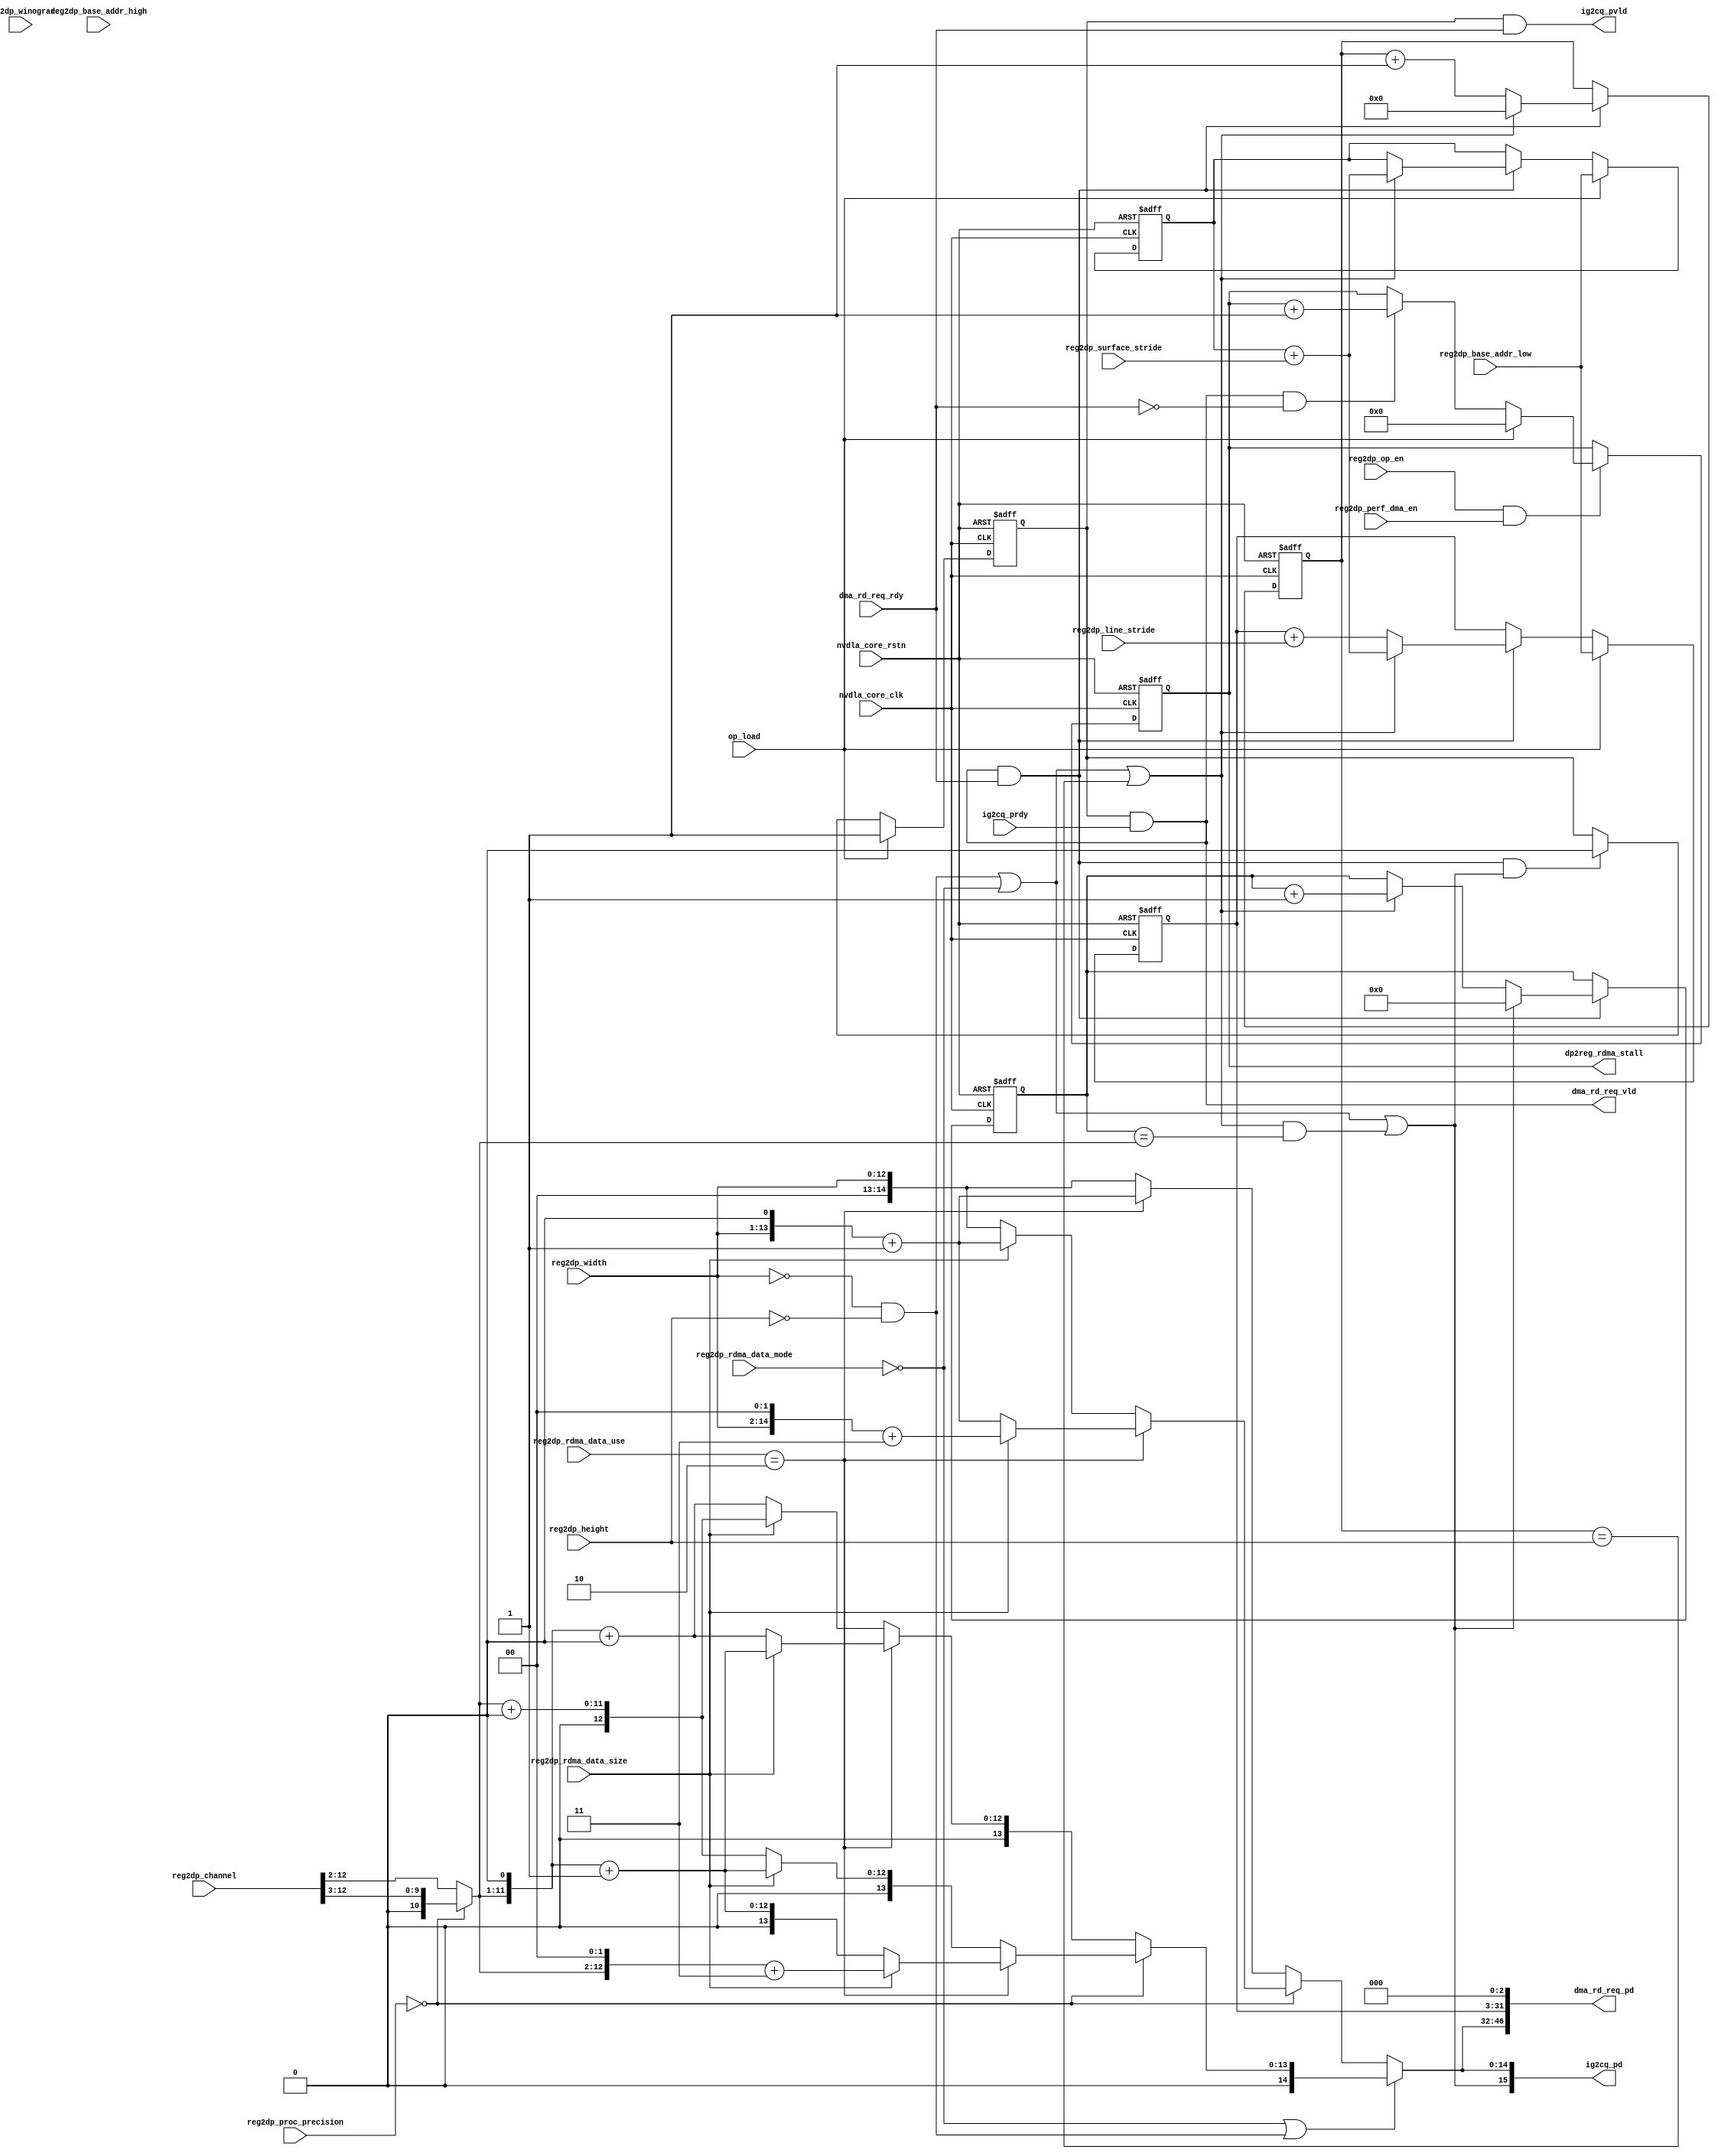
module NV_NVDLA_SDP_RDMA_ig (
   nvdla_core_clk
  ,nvdla_core_rstn
  ,op_load
  ,ig2cq_pd
  ,ig2cq_pvld
  ,ig2cq_prdy
  ,dma_rd_req_pd
  ,dma_rd_req_vld
  ,dma_rd_req_rdy
  ,reg2dp_op_en
  ,reg2dp_winograd
  ,reg2dp_channel
  ,reg2dp_height
  ,reg2dp_width
  ,reg2dp_rdma_data_mode
  ,reg2dp_rdma_data_size
  ,reg2dp_rdma_data_use
  ,reg2dp_base_addr_high
  ,reg2dp_base_addr_low
  ,reg2dp_line_stride
  ,reg2dp_surface_stride
  ,reg2dp_proc_precision
  ,reg2dp_perf_dma_en
  ,dp2reg_rdma_stall
  );
input nvdla_core_clk;
input nvdla_core_rstn;
input op_load;
input dma_rd_req_rdy;
output [47 -1:0] dma_rd_req_pd;
output dma_rd_req_vld;
input ig2cq_prdy;
output [15:0] ig2cq_pd;
output ig2cq_pvld;
input reg2dp_op_en;
input reg2dp_winograd;
input [12:0] reg2dp_channel;
input [12:0] reg2dp_height;
input [12:0] reg2dp_width;
input [1:0] reg2dp_proc_precision;
input reg2dp_rdma_data_mode;
input reg2dp_rdma_data_size;
input [1:0] reg2dp_rdma_data_use;
input [31:0] reg2dp_base_addr_high;
input [31-3:0] reg2dp_base_addr_low;
input [31-3:0] reg2dp_line_stride;
input [31-3:0] reg2dp_surface_stride;
input reg2dp_perf_dma_en;
output [31:0] dp2reg_rdma_stall;
reg [32 -3 -1:0] base_addr_line;
reg [32 -3 -1:0] base_addr_surf;
reg [32 -3 -1:0] base_addr_width;
reg mon_base_addr_line_c;
reg mon_base_addr_surf_c;
reg mon_base_addr_width_c;
wire ig2eg_cube_end;
wire [14:0] ig2eg_size;
reg cmd_process;
wire cmd_accept;
wire op_done;
reg [13-3:0] count_c;
reg [14:0] count_w;
reg [12:0] count_h;
reg [13-3:0] size_of_surf;
reg [14:0] size_of_straight;
reg [14:0] size_of_width;
wire [12:0] size_of_height;
wire [32 -3 -1:0] cfg_base_addr;
wire cfg_data_mode_per_kernel;
wire cfg_data_size_1byte;
wire cfg_data_use_both;
wire cfg_mode_1x1_pack;
wire cfg_proc_int16;
wire cfg_proc_int8;
wire [31-3:0] cfg_line_stride;
wire [31-3:0] cfg_surf_stride;
wire is_cube_end;
wire is_last_c;
wire is_last_h;
wire is_last_w;
wire is_line_end;
wire is_surf_end;
reg [14:0] dma_req_size;
reg [32 -1:0] dma_req_addr;
reg stl_adv;
reg [31:0] stl_cnt_cur;
reg [33:0] stl_cnt_dec;
reg [33:0] stl_cnt_ext;
reg [33:0] stl_cnt_inc;
reg [33:0] stl_cnt_mod;
reg [33:0] stl_cnt_new;
reg [33:0] stl_cnt_nxt;
wire rdma_stall_cnt_cen;
wire rdma_stall_cnt_clr;
wire rdma_stall_cnt_inc;
wire dp2reg_rdma_stall_dec;
reg [31:0] dp2reg_rdma_stall;
assign op_done = cmd_accept & is_cube_end;
always @(posedge nvdla_core_clk or negedge nvdla_core_rstn) begin
  if (!nvdla_core_rstn) begin
    cmd_process <= 1'b0;
  end else begin
    if (op_load) begin
        cmd_process <= 1'b1;
    end else if (op_done) begin
        cmd_process <= 1'b0;
    end
  end
end
`ifdef SPYGLASS_ASSERT_ON
`else
// spyglass disable_block NoWidthInBasedNum-ML
// spyglass disable_block STARC-2.10.3.2a
// spyglass disable_block STARC05-2.1.3.1
// spyglass disable_block STARC-2.1.4.6
// spyglass disable_block W116
// spyglass disable_block W154
// spyglass disable_block W239
// spyglass disable_block W362
// spyglass disable_block WRN_58
// spyglass disable_block WRN_61
`endif // SPYGLASS_ASSERT_ON
`ifdef ASSERT_ON
`ifdef FV_ASSERT_ON
`define ASSERT_RESET nvdla_core_rstn
`else
`ifdef SYNTHESIS
`define ASSERT_RESET nvdla_core_rstn
`else
`ifdef ASSERT_OFF_RESET_IS_X
`define ASSERT_RESET ((1'bx === nvdla_core_rstn) ? 1'b0 : nvdla_core_rstn)
`else
`define ASSERT_RESET ((1'bx === nvdla_core_rstn) ? 1'b1 : nvdla_core_rstn)
`endif // ASSERT_OFF_RESET_IS_X
`endif // SYNTHESIS
`endif // FV_ASSERT_ON
// VCS coverage off
  nv_assert_never #(0,0,"SDP-RDMA: get an op-done without starting the op") zzz_assert_never_1x (nvdla_core_clk, `ASSERT_RESET, !cmd_process && op_done); // spyglass disable W504 SelfDeterminedExpr-ML 
// VCS coverage on
`undef ASSERT_RESET
`endif // ASSERT_ON
`ifdef SPYGLASS_ASSERT_ON
`else
// spyglass enable_block NoWidthInBasedNum-ML
// spyglass enable_block STARC-2.10.3.2a
// spyglass enable_block STARC05-2.1.3.1
// spyglass enable_block STARC-2.1.4.6
// spyglass enable_block W116
// spyglass enable_block W154
// spyglass enable_block W239
// spyglass enable_block W362
// spyglass enable_block WRN_58
// spyglass enable_block WRN_61
`endif // SPYGLASS_ASSERT_ON
//==============
// Address catenate and offset calc
//==============
assign cfg_base_addr = reg2dp_base_addr_low;
assign cfg_surf_stride = {reg2dp_surface_stride};
assign cfg_line_stride = {reg2dp_line_stride};
assign cfg_data_size_1byte = reg2dp_rdma_data_size == 1'h0 ;
assign cfg_data_use_both = reg2dp_rdma_data_use == 2'h2 ;
assign cfg_data_mode_per_kernel = reg2dp_rdma_data_mode == 1'h0 ;
assign cfg_proc_int8 = reg2dp_proc_precision == 0 ;
assign cfg_proc_int16 = reg2dp_proc_precision == 1 ;
assign cfg_mode_1x1_pack = (reg2dp_width==0) & (reg2dp_height==0);
//=================================================
// Cube Shape
//=================================================
assign is_line_end = 1'b1;
assign is_surf_end = cfg_mode_1x1_pack | cfg_data_mode_per_kernel | (is_line_end & is_last_h);
assign is_cube_end = cfg_mode_1x1_pack | cfg_data_mode_per_kernel | (is_surf_end & is_last_c);
//==============
// CHANNEL Count:
//==============
always @(
  cfg_proc_int8
  or reg2dp_channel
  or cfg_proc_int16
  ) begin
    if (cfg_proc_int8) begin
        size_of_surf = {1'b0,reg2dp_channel[12:3]};
    end else if (cfg_proc_int16) begin
        size_of_surf = reg2dp_channel[12:3 -1];
    end else begin
        size_of_surf = reg2dp_channel[12:3 -1];
    end
end
always @(posedge nvdla_core_clk or negedge nvdla_core_rstn) begin
  if (!nvdla_core_rstn) begin
    count_c <= {(14-3){1'b0}};
  end else begin
    if (cmd_accept) begin
        if (is_cube_end) begin
            count_c <= 0;
        end else if (is_surf_end) begin
            count_c <= count_c + 1;
        end
    end
  end
end
assign is_last_c = (count_c==size_of_surf);
//==============
// HEIGHT Count:
//==============
assign size_of_height = reg2dp_height;
always @(posedge nvdla_core_clk or negedge nvdla_core_rstn) begin
  if (!nvdla_core_rstn) begin
    count_h <= {13{1'b0}};
  end else begin
    if (cmd_accept) begin
        if (is_surf_end) begin
            count_h <= 0;
        end else if (is_line_end) begin
            count_h <= count_h + 1;
        end
    end
  end
end
assign is_last_h = (count_h==size_of_height);
//==========================================
// DMA Req : ADDR PREPARE
//==========================================
// LINE
always @(posedge nvdla_core_clk or negedge nvdla_core_rstn) begin
  if (!nvdla_core_rstn) begin
    base_addr_line <= {(32 -3){1'b0}};
    mon_base_addr_line_c <= 1'b0;
  end else begin
    if (op_load) begin
        base_addr_line <= cfg_base_addr;
    end else if (cmd_accept) begin
        begin
            if (is_surf_end) begin
                {mon_base_addr_line_c,base_addr_line} <= base_addr_surf + cfg_surf_stride;
            end else begin
                {mon_base_addr_line_c,base_addr_line} <= base_addr_line + cfg_line_stride;
            end
        end
    end
  end
end
`ifdef SPYGLASS_ASSERT_ON
`else
// spyglass disable_block NoWidthInBasedNum-ML
// spyglass disable_block STARC-2.10.3.2a
// spyglass disable_block STARC05-2.1.3.1
// spyglass disable_block STARC-2.1.4.6
// spyglass disable_block W116
// spyglass disable_block W154
// spyglass disable_block W239
// spyglass disable_block W362
// spyglass disable_block WRN_58
// spyglass disable_block WRN_61
`endif // SPYGLASS_ASSERT_ON
`ifdef ASSERT_ON
`ifdef FV_ASSERT_ON
`define ASSERT_RESET nvdla_core_rstn
`else
`ifdef SYNTHESIS
`define ASSERT_RESET nvdla_core_rstn
`else
`ifdef ASSERT_OFF_RESET_IS_X
`define ASSERT_RESET ((1'bx === nvdla_core_rstn) ? 1'b0 : nvdla_core_rstn)
`else
`define ASSERT_RESET ((1'bx === nvdla_core_rstn) ? 1'b1 : nvdla_core_rstn)
`endif // ASSERT_OFF_RESET_IS_X
`endif // SYNTHESIS
`endif // FV_ASSERT_ON
// VCS coverage off
  nv_assert_never #(0,0,"SDP RDMA: no overflow is allowed") zzz_assert_never_2x (nvdla_core_clk, `ASSERT_RESET, mon_base_addr_line_c); // spyglass disable W504 SelfDeterminedExpr-ML 
// VCS coverage on
`undef ASSERT_RESET
`endif // ASSERT_ON
`ifdef SPYGLASS_ASSERT_ON
`else
// spyglass enable_block NoWidthInBasedNum-ML
// spyglass enable_block STARC-2.10.3.2a
// spyglass enable_block STARC05-2.1.3.1
// spyglass enable_block STARC-2.1.4.6
// spyglass enable_block W116
// spyglass enable_block W154
// spyglass enable_block W239
// spyglass enable_block W362
// spyglass enable_block WRN_58
// spyglass enable_block WRN_61
`endif // SPYGLASS_ASSERT_ON
// SURF
always @(posedge nvdla_core_clk or negedge nvdla_core_rstn) begin
  if (!nvdla_core_rstn) begin
    base_addr_surf <= {(32 -3){1'b0}};
    mon_base_addr_surf_c <= 1'b0;
  end else begin
    if (op_load) begin
        base_addr_surf <= cfg_base_addr;
    end else if (cmd_accept) begin
        begin
            if (is_surf_end) begin
                {mon_base_addr_surf_c,base_addr_surf} <= base_addr_surf + cfg_surf_stride;
            end
        end
    end
  end
end
`ifdef SPYGLASS_ASSERT_ON
`else
// spyglass disable_block NoWidthInBasedNum-ML
// spyglass disable_block STARC-2.10.3.2a
// spyglass disable_block STARC05-2.1.3.1
// spyglass disable_block STARC-2.1.4.6
// spyglass disable_block W116
// spyglass disable_block W154
// spyglass disable_block W239
// spyglass disable_block W362
// spyglass disable_block WRN_58
// spyglass disable_block WRN_61
`endif // SPYGLASS_ASSERT_ON
`ifdef ASSERT_ON
`ifdef FV_ASSERT_ON
`define ASSERT_RESET nvdla_core_rstn
`else
`ifdef SYNTHESIS
`define ASSERT_RESET nvdla_core_rstn
`else
`ifdef ASSERT_OFF_RESET_IS_X
`define ASSERT_RESET ((1'bx === nvdla_core_rstn) ? 1'b0 : nvdla_core_rstn)
`else
`define ASSERT_RESET ((1'bx === nvdla_core_rstn) ? 1'b1 : nvdla_core_rstn)
`endif // ASSERT_OFF_RESET_IS_X
`endif // SYNTHESIS
`endif // FV_ASSERT_ON
// VCS coverage off
  nv_assert_never #(0,0,"SDP RDMA: no overflow is allowed") zzz_assert_never_3x (nvdla_core_clk, `ASSERT_RESET, mon_base_addr_surf_c); // spyglass disable W504 SelfDeterminedExpr-ML 
// VCS coverage on
`undef ASSERT_RESET
`endif // ASSERT_ON
`ifdef SPYGLASS_ASSERT_ON
`else
// spyglass enable_block NoWidthInBasedNum-ML
// spyglass enable_block STARC-2.10.3.2a
// spyglass enable_block STARC05-2.1.3.1
// spyglass enable_block STARC-2.1.4.6
// spyglass enable_block W116
// spyglass enable_block W154
// spyglass enable_block W239
// spyglass enable_block W362
// spyglass enable_block WRN_58
// spyglass enable_block WRN_61
`endif // SPYGLASS_ASSERT_ON
//==========================================
// DMA Req : Addr
//==========================================
always @(
  base_addr_line
  ) begin
        dma_req_addr = {base_addr_line,{3{1'b0}}};
end
// Size_Of_Width: As each element is 1B or 2B, the width of cube will be resized accordingly
always @(
  reg2dp_width
  or cfg_proc_int8
  or cfg_data_use_both
  or cfg_data_size_1byte
  ) begin
    if (cfg_proc_int8) begin
        if (cfg_data_use_both) begin
            if (cfg_data_size_1byte) begin
                size_of_width = (reg2dp_width << 1) + 1;
            end else begin
                size_of_width = (reg2dp_width << 2) + 3;
            end
        end else begin
            if (cfg_data_size_1byte) begin
                size_of_width = {2'd0,reg2dp_width};
            end else begin
                size_of_width = (reg2dp_width << 1) + 1;
            end
        end
    end else begin
        if (cfg_data_use_both) begin
            size_of_width = (reg2dp_width << 1) + 1;
        end else begin
            size_of_width = {2'd0,reg2dp_width};
        end
    end
end
//==========================================
// DMA Req : SIZE
//==========================================
// in 1x1_pack mode, only send one request out
//assign mode_1x1_req_size = size_of_surf;
// PRECISION: 2byte both
// 8:1byte:single - 1B/elem - 32B/surf - 1 x surf
// 8:2byte:single - 2B/elem - 64B/surf - 2 x surf
// 8:1byte:both - 2B/elem - 64B/surf - 2 x surf
// 8:2byte:both - 4B/elem - 128B/surf - 4 x surf
// 16:2byte:single - 2B/elem - 32B/surf - 1 x surf
// 16:2byte:both - 4B/elem - 64B/surf - 2 x surf
always @(
  cfg_proc_int8
  or cfg_data_use_both
  or cfg_data_size_1byte
  or size_of_surf
  ) begin
    if (cfg_proc_int8) begin
        if (cfg_data_use_both) begin
            if (cfg_data_size_1byte) begin
                size_of_straight = (size_of_surf << 1) + 1;
            end else begin
                size_of_straight = (size_of_surf << 2) + 3;
            end
        end else begin
            if (cfg_data_size_1byte) begin
                size_of_straight = (size_of_surf << 0) + 0;
            end else begin
                size_of_straight = (size_of_surf << 1) + 1;
            end
        end
    end else begin
        if (cfg_data_use_both) begin
            if (cfg_data_size_1byte) begin
                size_of_straight = (size_of_surf << 1) + 0; // illegal
            end else begin
                size_of_straight = (size_of_surf << 1) + 1;
            end
        end else begin
            if (cfg_data_size_1byte) begin
                size_of_straight = (size_of_surf << 1) + 0; // illegal
            end else begin
                size_of_straight = (size_of_surf << 0) + 0;
            end
        end
    end
end
`ifdef SPYGLASS_ASSERT_ON
`else
// spyglass disable_block NoWidthInBasedNum-ML
// spyglass disable_block STARC-2.10.3.2a
// spyglass disable_block STARC05-2.1.3.1
// spyglass disable_block STARC-2.1.4.6
// spyglass disable_block W116
// spyglass disable_block W154
// spyglass disable_block W239
// spyglass disable_block W362
// spyglass disable_block WRN_58
// spyglass disable_block WRN_61
`endif // SPYGLASS_ASSERT_ON
`ifdef ASSERT_ON
`ifdef FV_ASSERT_ON
`define ASSERT_RESET nvdla_core_rstn
`else
`ifdef SYNTHESIS
`define ASSERT_RESET nvdla_core_rstn
`else
`ifdef ASSERT_OFF_RESET_IS_X
`define ASSERT_RESET ((1'bx === nvdla_core_rstn) ? 1'b0 : nvdla_core_rstn)
`else
`define ASSERT_RESET ((1'bx === nvdla_core_rstn) ? 1'b1 : nvdla_core_rstn)
`endif // ASSERT_OFF_RESET_IS_X
`endif // SYNTHESIS
`endif // FV_ASSERT_ON
// VCS coverage off
  nv_assert_never #(0,0,"NO SIZE of 1Byte supported if proc precision is INT16") zzz_assert_never_6x (nvdla_core_clk, `ASSERT_RESET, reg2dp_op_en & cfg_proc_int16 & cfg_data_size_1byte); // spyglass disable W504 SelfDeterminedExpr-ML 
// VCS coverage on
`undef ASSERT_RESET
`endif // ASSERT_ON
`ifdef SPYGLASS_ASSERT_ON
`else
// spyglass enable_block NoWidthInBasedNum-ML
// spyglass enable_block STARC-2.10.3.2a
// spyglass enable_block STARC05-2.1.3.1
// spyglass enable_block STARC-2.1.4.6
// spyglass enable_block W116
// spyglass enable_block W154
// spyglass enable_block W239
// spyglass enable_block W362
// spyglass enable_block WRN_58
// spyglass enable_block WRN_61
`endif // SPYGLASS_ASSERT_ON
always @(
  cfg_data_mode_per_kernel
  or cfg_mode_1x1_pack
  or size_of_straight
  or size_of_width
  ) begin
    if (cfg_data_mode_per_kernel || cfg_mode_1x1_pack) begin
        dma_req_size = size_of_straight;
    end else begin
        begin
            dma_req_size = size_of_width;
        end
    end
end
//==========================================
// Context Queue Interface
// size,cube_end
//==========================================
assign ig2eg_size = dma_req_size;
assign ig2eg_cube_end = is_cube_end;
assign ig2cq_pd[14:0] = ig2eg_size[14:0];
assign ig2cq_pd[15] = ig2eg_cube_end ;
assign ig2cq_pvld = cmd_process & dma_rd_req_rdy;
`ifdef SPYGLASS_ASSERT_ON
`else
// spyglass disable_block NoWidthInBasedNum-ML
// spyglass disable_block STARC-2.10.3.2a
// spyglass disable_block STARC05-2.1.3.1
// spyglass disable_block STARC-2.1.4.6
// spyglass disable_block W116
// spyglass disable_block W154
// spyglass disable_block W239
// spyglass disable_block W362
// spyglass disable_block WRN_58
// spyglass disable_block WRN_61
`endif // SPYGLASS_ASSERT_ON
`ifdef ASSERT_ON
`ifdef FV_ASSERT_ON
`define ASSERT_RESET nvdla_core_rstn
`else
`ifdef SYNTHESIS
`define ASSERT_RESET nvdla_core_rstn
`else
`ifdef ASSERT_OFF_RESET_IS_X
`define ASSERT_RESET ((1'bx === nvdla_core_rstn) ? 1'b0 : nvdla_core_rstn)
`else
`define ASSERT_RESET ((1'bx === nvdla_core_rstn) ? 1'b1 : nvdla_core_rstn)
`endif // ASSERT_OFF_RESET_IS_X
`endif // SYNTHESIS
`endif // FV_ASSERT_ON
// VCS coverage off
  nv_assert_never #(0,0,"SDP-RDMA: CQ and DMA should accept or reject together") zzz_assert_never_7x (nvdla_core_clk, `ASSERT_RESET, (ig2cq_pvld & ig2cq_prdy) ^ (dma_rd_req_vld & dma_rd_req_rdy)); // spyglass disable W504 SelfDeterminedExpr-ML 
// VCS coverage on
`undef ASSERT_RESET
`endif // ASSERT_ON
`ifdef SPYGLASS_ASSERT_ON
`else
// spyglass enable_block NoWidthInBasedNum-ML
// spyglass enable_block STARC-2.10.3.2a
// spyglass enable_block STARC05-2.1.3.1
// spyglass enable_block STARC-2.1.4.6
// spyglass enable_block W116
// spyglass enable_block W154
// spyglass enable_block W239
// spyglass enable_block W362
// spyglass enable_block WRN_58
// spyglass enable_block WRN_61
`endif // SPYGLASS_ASSERT_ON
//==============
// DMA Req : PIPE
//==============
// VALID: clamp when when cq is not ready
assign dma_rd_req_vld = cmd_process & ig2cq_prdy;
assign dma_rd_req_pd[32 -1:0] = dma_req_addr[32 -1:0];
assign dma_rd_req_pd[47 -1:32] = dma_req_size[14:0];
// Accept
assign cmd_accept = dma_rd_req_vld & dma_rd_req_rdy;
//==============
// PERF STATISTIC
assign rdma_stall_cnt_inc = dma_rd_req_vld & !dma_rd_req_rdy;
assign rdma_stall_cnt_clr = op_load;
assign rdma_stall_cnt_cen = reg2dp_op_en & reg2dp_perf_dma_en;
assign dp2reg_rdma_stall_dec = 1'b0;
// stl adv logic
always @(
  rdma_stall_cnt_inc
  or dp2reg_rdma_stall_dec
  ) begin
  stl_adv = rdma_stall_cnt_inc ^ dp2reg_rdma_stall_dec;
end
// stl cnt logic
always @(
  stl_cnt_cur
  or rdma_stall_cnt_inc
  or dp2reg_rdma_stall_dec
  or stl_adv
  or rdma_stall_cnt_clr
  ) begin
  stl_cnt_ext[33:0] = {1'b0, 1'b0, stl_cnt_cur};
  stl_cnt_inc[33:0] = stl_cnt_cur + 1'b1;
  stl_cnt_dec[33:0] = stl_cnt_cur - 1'b1;
  stl_cnt_mod[33:0] = (rdma_stall_cnt_inc && !dp2reg_rdma_stall_dec)? stl_cnt_inc : (!rdma_stall_cnt_inc && dp2reg_rdma_stall_dec)? stl_cnt_dec : stl_cnt_ext;
  stl_cnt_new[33:0] = (stl_adv)? stl_cnt_mod[33:0] : stl_cnt_ext[33:0];
  stl_cnt_nxt[33:0] = (rdma_stall_cnt_clr)? 34'd0 : stl_cnt_new[33:0];
end
// stl flops
always @(posedge nvdla_core_clk or negedge nvdla_core_rstn) begin
  if (!nvdla_core_rstn) begin
    stl_cnt_cur[31:0] <= 0;
  end else begin
  if (rdma_stall_cnt_cen) begin
  stl_cnt_cur[31:0] <= stl_cnt_nxt[31:0];
  end
  end
end
// stl output logic
always @(
  stl_cnt_cur
  ) begin
  dp2reg_rdma_stall[31:0] = stl_cnt_cur[31:0];
end
endmodule